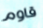
قاوم